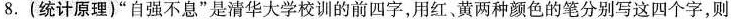
8. (统计原理)”自强不息”是清华大学校训的前四字，用红、黄两种颜色的笔分别写这四个字，则